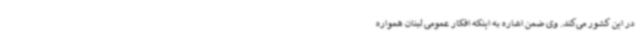
در این کشور می‌کند. وی ضمن اشاره به اینکه افکار عمومی لبنان همواره